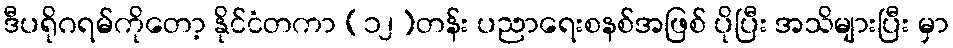
ဒီပရိုဂရမ်ကိုတော့ နိုင်ငံတကာ (၁၂)တန်း ပညာရေးစနစ်အဖြစ် ပိုပြီး အသိများပြီး မှာ